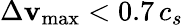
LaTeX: \Delta\mathbf{v}_{\mathrm{{max}}}<0.7\, c_{s}